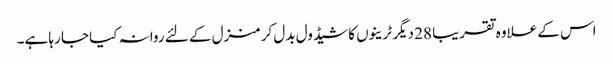
اس کے علاوہ تقریبا 28 دیگر ٹرینوں کا شیڈول بدل کر منزل کے لئے روانہ کیا جا رہا ہے۔